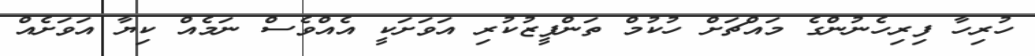
ހުރިހާ ފިރިހެނުންގެ މައްޗަށް ހުކުމް ތަންފީޒުކުރި އަވަށަކީ އެއްވެސް ނަމެއް ކިޔާ އަވަށެއް